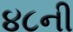
૪૮ની